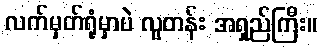
လက်မှတ်ရုံမှာပဲ လူတန်း အရှည်ကြီး။